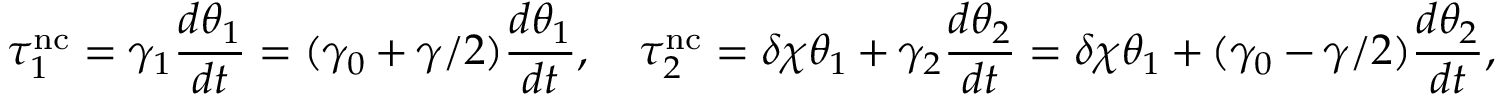
\tau _ { 1 } ^ { \mathrm { n c } } = \gamma _ { 1 } \frac { d \theta _ { 1 } } { d t } = ( \gamma _ { 0 } + \gamma / 2 ) \frac { d \theta _ { 1 } } { d t } , \quad \tau _ { 2 } ^ { \mathrm { n c } } = \delta \chi \theta _ { 1 } + \gamma _ { 2 } \frac { d \theta _ { 2 } } { d t } = \delta \chi \theta _ { 1 } + ( \gamma _ { 0 } - \gamma / 2 ) \frac { d \theta _ { 2 } } { d t } ,